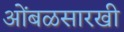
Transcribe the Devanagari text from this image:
आेंबळसारखी